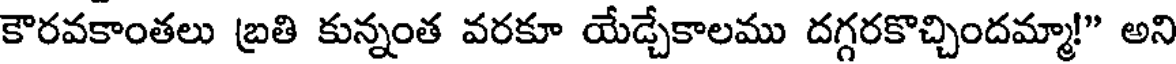
కౌరవకాంతలు బ్రతి కున్నంత వరకూ యేడ్చేకాలము దగ్గరకొచ్చిందమ్మా!" అని